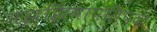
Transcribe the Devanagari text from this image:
मझ्झिमापतिपदा